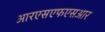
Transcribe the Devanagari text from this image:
आरएसएफएसआर